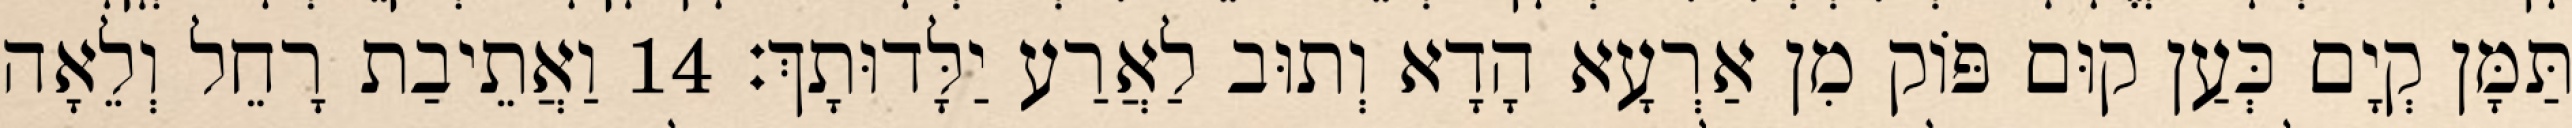
תַּמָּן קְיָם כְּעַן קוּם פּוֹק מִן אַרְעָא הָדָא וְתוּב לַאֲרַע יַלָּדוּתָךְ׃ 14 וַאֲתֵיבַת רָחֵל וְלֵאָה